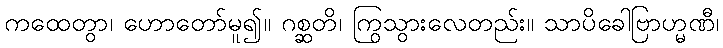
ကထေတွာ၊ ဟောတော်မူ၍။ ဂစ္ဆတိ၊ ကြွသွားလေတည်း။ သာပိခေါဗြာဟ္မဏီ၊